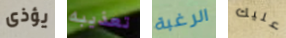
يؤذى تعذيبه الرغبة عليك